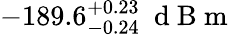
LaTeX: -189.6_{-0.24}^{+0.23}\ \mathrm{~d~B~m~}